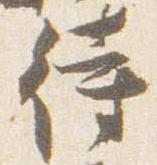
待